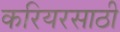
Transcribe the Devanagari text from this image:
करियरसाठी